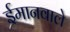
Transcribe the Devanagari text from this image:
ईमानवाले